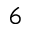
6